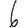
Digit: 6